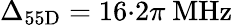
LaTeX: \Delta_{55\mathrm{D}}=16{\cdot}2\pi\ \mathrm{MHz}